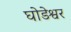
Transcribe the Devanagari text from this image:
घोडेश्वर